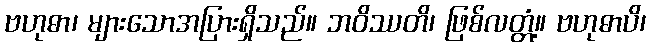
ဗဟုဓာ၊ များသောအပြားရှိသည်။ ဘဝိဿတိ၊ ဖြစ်လတ္တံ့။ ဗဟုဓာပိ၊